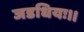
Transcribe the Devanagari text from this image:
जडधियः।।